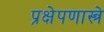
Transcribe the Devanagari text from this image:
प्रक्षेपणास्त्रे